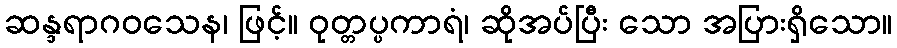
ဆန္ဒရာဂဝသေန၊ ဖြင့်။ ဝုတ္တပ္ပကာရံ၊ ဆိုအပ်ပြီး သော အပြားရှိသော။